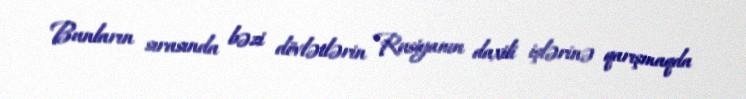
Bunların sırasında bəzi dövlətlərin Rusiyanın daxili işlərinə qarışmaqda